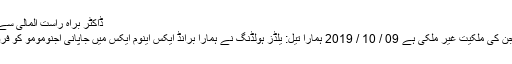
ڈاکٹر براہ راست المالی سے رابطہ کریں
ترک برانڈز جن کی ملکیت غیر ملکی ہے 09 / 10 / 2019 ہمارا تیل: یلڈز ہولڈنگ نے ہمارا برانڈ ایکس اینوم ایکس میں جاپانی اجنومومو کو فروخت کیا ہے۔